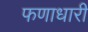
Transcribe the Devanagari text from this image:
फणाधारी